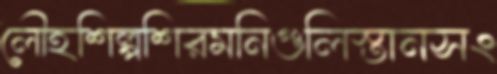
লৌহশিল্পশিরমনিগুলিস্তানসং